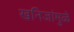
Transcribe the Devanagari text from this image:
खनिजांमुळे